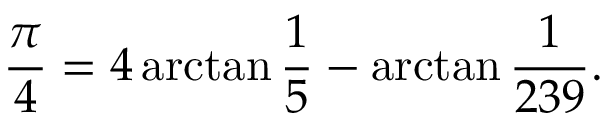
{ \frac { \pi } { 4 } } = 4 \arctan { \frac { 1 } { 5 } } - \arctan { \frac { 1 } { 2 3 9 } } .